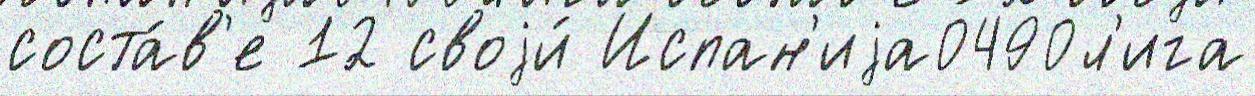
соста́в'е 12 своjи́ Испан'иjа0490л'ига